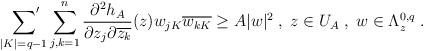
LaTeX: \begin{align*}\sideset{}{'}\sum_{\vert K\vert=q-1}\sum_{j,k=1}^n\dfrac{\partial^2h_A}{\partial z_j\partial\overline{z_k}}(z)w_{jK}\overline{w_{kK}}\geq A\vert w\vert^2\;,\;z\in U_{A}\;,\;w\in\Lambda^{0,q}_{z}\;.\end{align*}